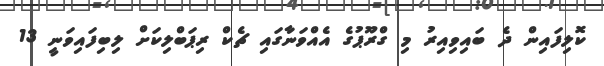
ކޮލިފައިން ދެ ބައިވިއިރު މި ގްރޫޕުގެ އެއްވަނާގައި ޗެކް ރިޕަބްލިކަށް ލިބިފައިވަނީ 13